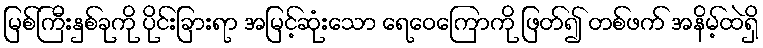
မြစ်ကြီးနှစ်ခုကို ပိုင်းခြားရာ အမြင့်ဆုံးသော ရေဝေကြောကို ဖြတ်၍ တစ်ဖက် အနိမ့်ထဲရှိ